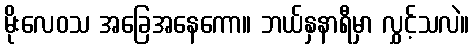
မိုးလေဝသ အခြေအနေကော။ ဘယ်နှနာရီမှာ လွှင့်သလဲ။